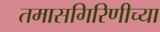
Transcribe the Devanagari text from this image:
तमासगिरिणीच्या